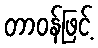
တာဝန်ဖြင့်